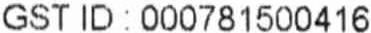
GST ID : 000781500416